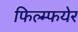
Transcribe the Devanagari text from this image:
फिल्म्फयेर